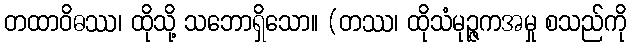
တထာဝိဓဿ၊ ထိုသို့ သဘောရှိသော။ (တဿ၊ ထိုသံမုဉ္ဇကအမှု စသည်ကို